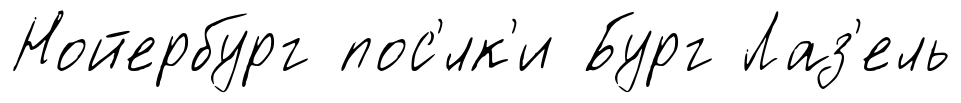
Нойербург пос'́лк'и Бург Лаз'ель